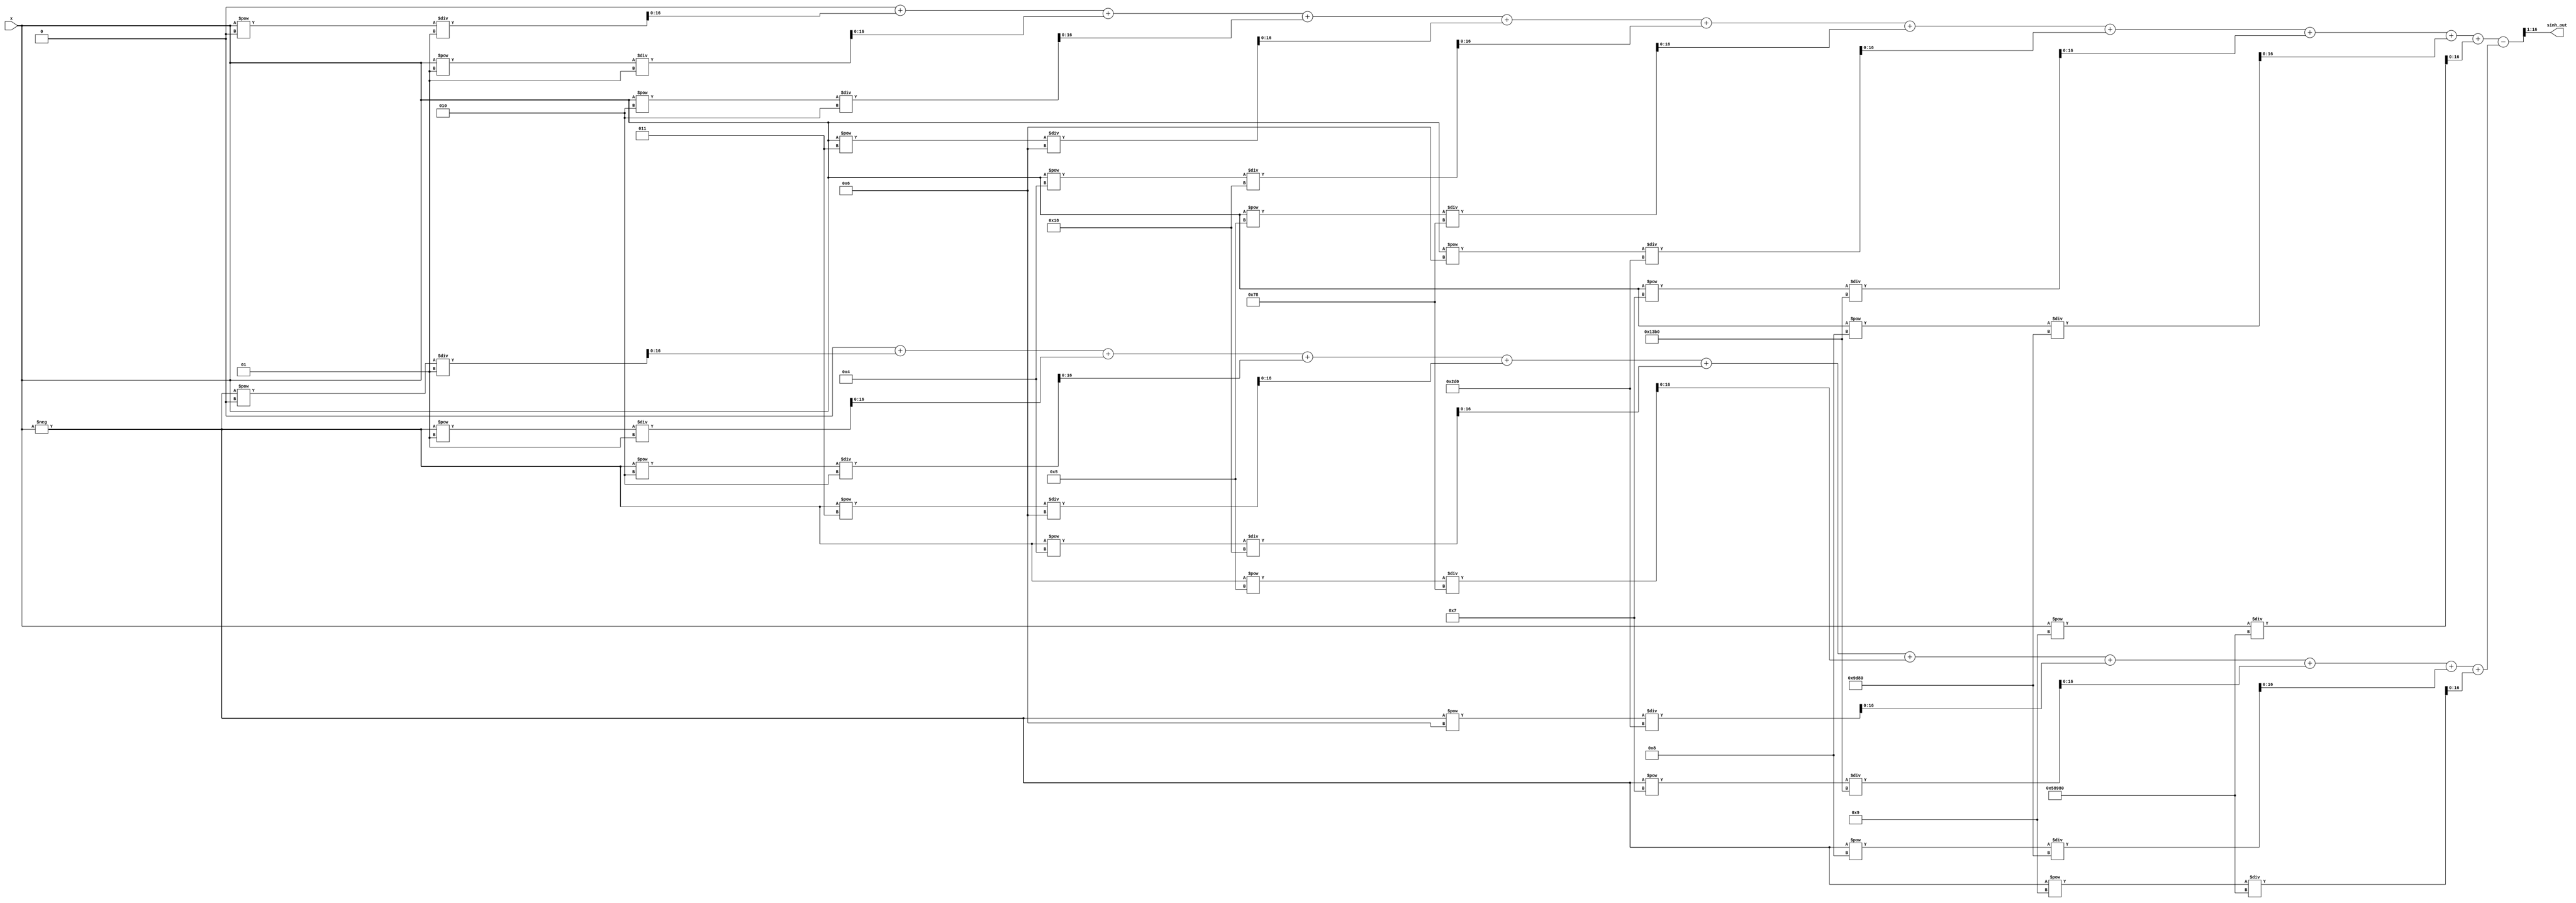
module sinh_block (
    input  wire signed [15:0] x,      // Input value (fixed-point representation)
    output reg  signed [15:0] sinh_out  // Output value
);

    // Parameters for the Taylor series expansion
    parameter NUM_TERMS = 10; // Number of terms in the Taylor series
    reg signed [31:0] e_pos;   // e^x
    reg signed [31:0] e_neg;   // e^(-x)
    
    // Helper function to compute factorial
    function automatic signed [31:0] factorial;
        input integer n;
        integer i;
        begin
            factorial = 1;
            for (i = 1; i <= n; i = i + 1) begin
                factorial = factorial * i;
            end
        end
    endfunction

    // Compute e^x and e^(-x) using Taylor series expansion
    integer k;
    always @(*) begin
        e_pos = 0;
        e_neg = 0;
        
        for (k = 0; k < NUM_TERMS; k = k + 1) begin
            e_pos = e_pos + (x ** k) / factorial(k); // e^x
            e_neg = e_neg + ((-x) ** k) / factorial(k); // e^(-x)
        end
        
        // Compute sinh(x) = (e^x - e^(-x)) / 2
        sinh_out = (e_pos - e_neg) >> 1; // Right shift by 1 for division by 2
    end
endmodule